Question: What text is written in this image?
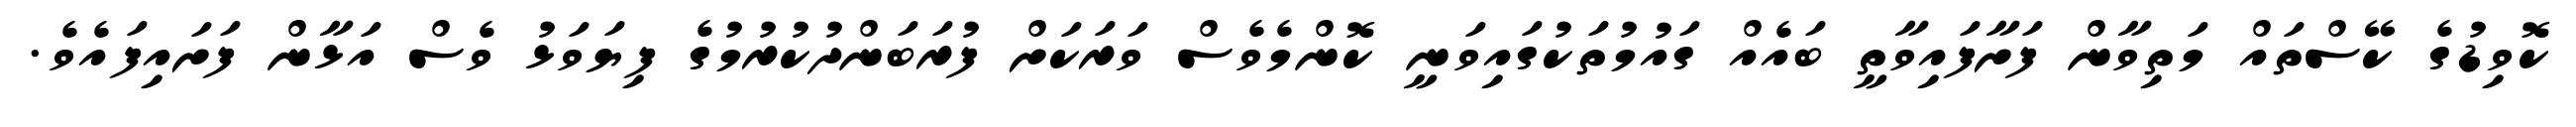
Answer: ކޮވިޑުގެ ކޭސްތައް މަތިވާން ފަށާފައިވާތީ ބައެއް ގައުމުތަކުގައިވަނީ ކޮންމެވެސް ވަރަކަށް ފުރަބަންދުކުރުމުގެ ފިޔަވަޅު ވެސް އަޅާން ފަށައިފައެވެ.